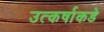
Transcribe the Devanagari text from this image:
उत्कर्षाकडे